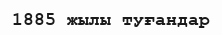
1885 жылы туғандар